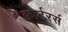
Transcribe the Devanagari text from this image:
क्वार्टरर्स